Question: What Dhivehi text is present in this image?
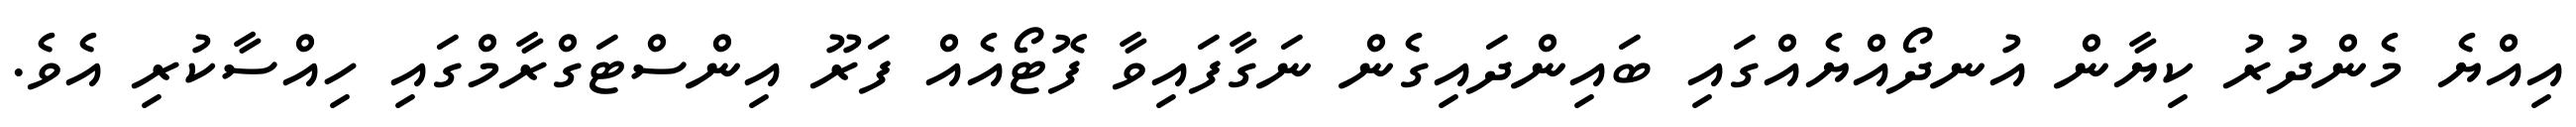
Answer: އިއްޔެ މެންދުރު ކިޔާން އުނދޯއްޔެއްގައި ބައިންދައިގެން ނަގާފައިވާ ފޮޓޯއެއް ފަރޫ އިންސްޓަގްރާމްގައި ހިއްސާކުރި އެވެ.